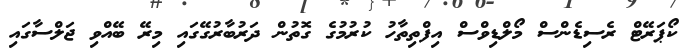
ކޯޕަރޭޓް ރެސިޑެންސް މޯލްޑިވްސް އިފްތިތާހު ކުރުމުގެ ގޮތުން ދަރުބާރުގޭގައި މިރޭ ބޭއްވި ޖަލްސާގައި